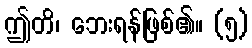
ဤတိ၊ ဘေးရန်ဖြစ်၏။ (၅)